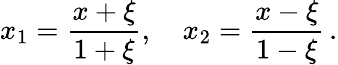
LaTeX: x_{1}=\frac{x+\xi}{1+\xi},\quad x_{2}=\frac{x-\xi}{1-\xi}\, .